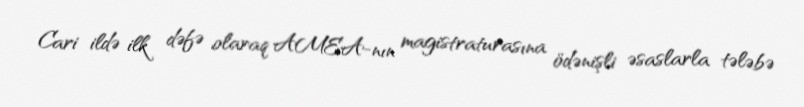
Cari ildə ilk dəfə olaraq AMEA-nın magistraturasına ödənişli əsaslarla tələbə